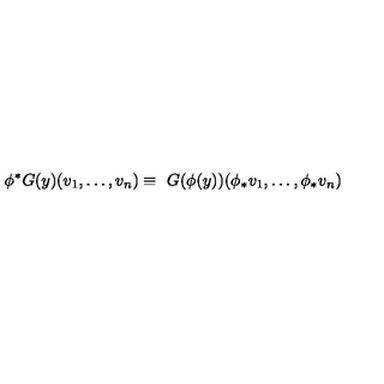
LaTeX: \phi ^ { * } G ( y ) ( v _ { 1 } , \ldots , v _ { n } ) \equiv \ G ( \phi ( y ) ) ( \phi _ { * } v _ { 1 } , \ldots , \phi _ { * } v _ { n } )